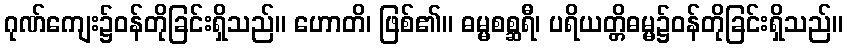
ဂုဏ်ကျေး၌ဝန်တိုခြင်းရှိသည်။ ဟောတိ၊ ဖြစ်၏။ ဓမ္မစစ္ဆရီ၊ ပရိယတ္တိဓမ္မ၌ဝန်တိုခြင်းရှိသည်။